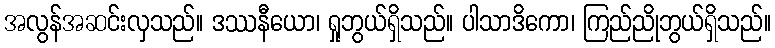
အလွန်အဆင်းလှသည်။ ဒဿနီယော၊ ရှုဘွယ်ရှိသည်။ ပါသာဒိကော၊ ကြည်ညိုဘွယ်ရှိသည်။